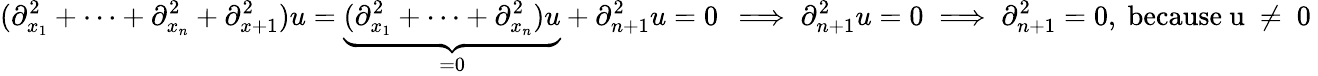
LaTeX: (\partial_{x_{1}}^{2}+\dots+\partial_{x_{n}}^{2}+\partial_{x+1}^{2})u=\underbrace{(\partial_{x_{1}}^{2}+\dots+\partial_{x_{n}}^{2})u}_{=0}+\partial_{n+1}^{2}u=0\, \implies\partial_{n+1}^{2}u=0\implies\partial_{n+1}^{2}=0,\mathrm{~because~u~\neq~0~}